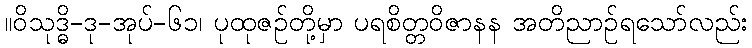
။ဝိသုဒ္ဓိ-ဒု-အုပ်-၆၁၊ ပုထုဇဉ်တို့မှာ ပရစိတ္တဝိဇာနန အတိညာဉ်ရသော်လည်း